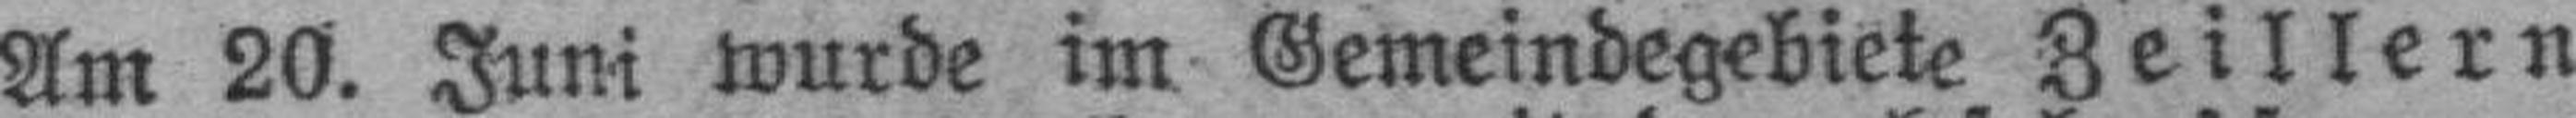
Am 20. Juni wurde im Gemeindegebiete Zeillern